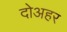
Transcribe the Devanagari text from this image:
दोअहर